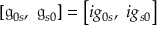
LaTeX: [ { \mathfrak { g } } _ { 0 s } , \ { \mathfrak { g } } _ { s 0 } ] = \left[ i g _ { 0 s } , \ i g _ { s 0 } \right]